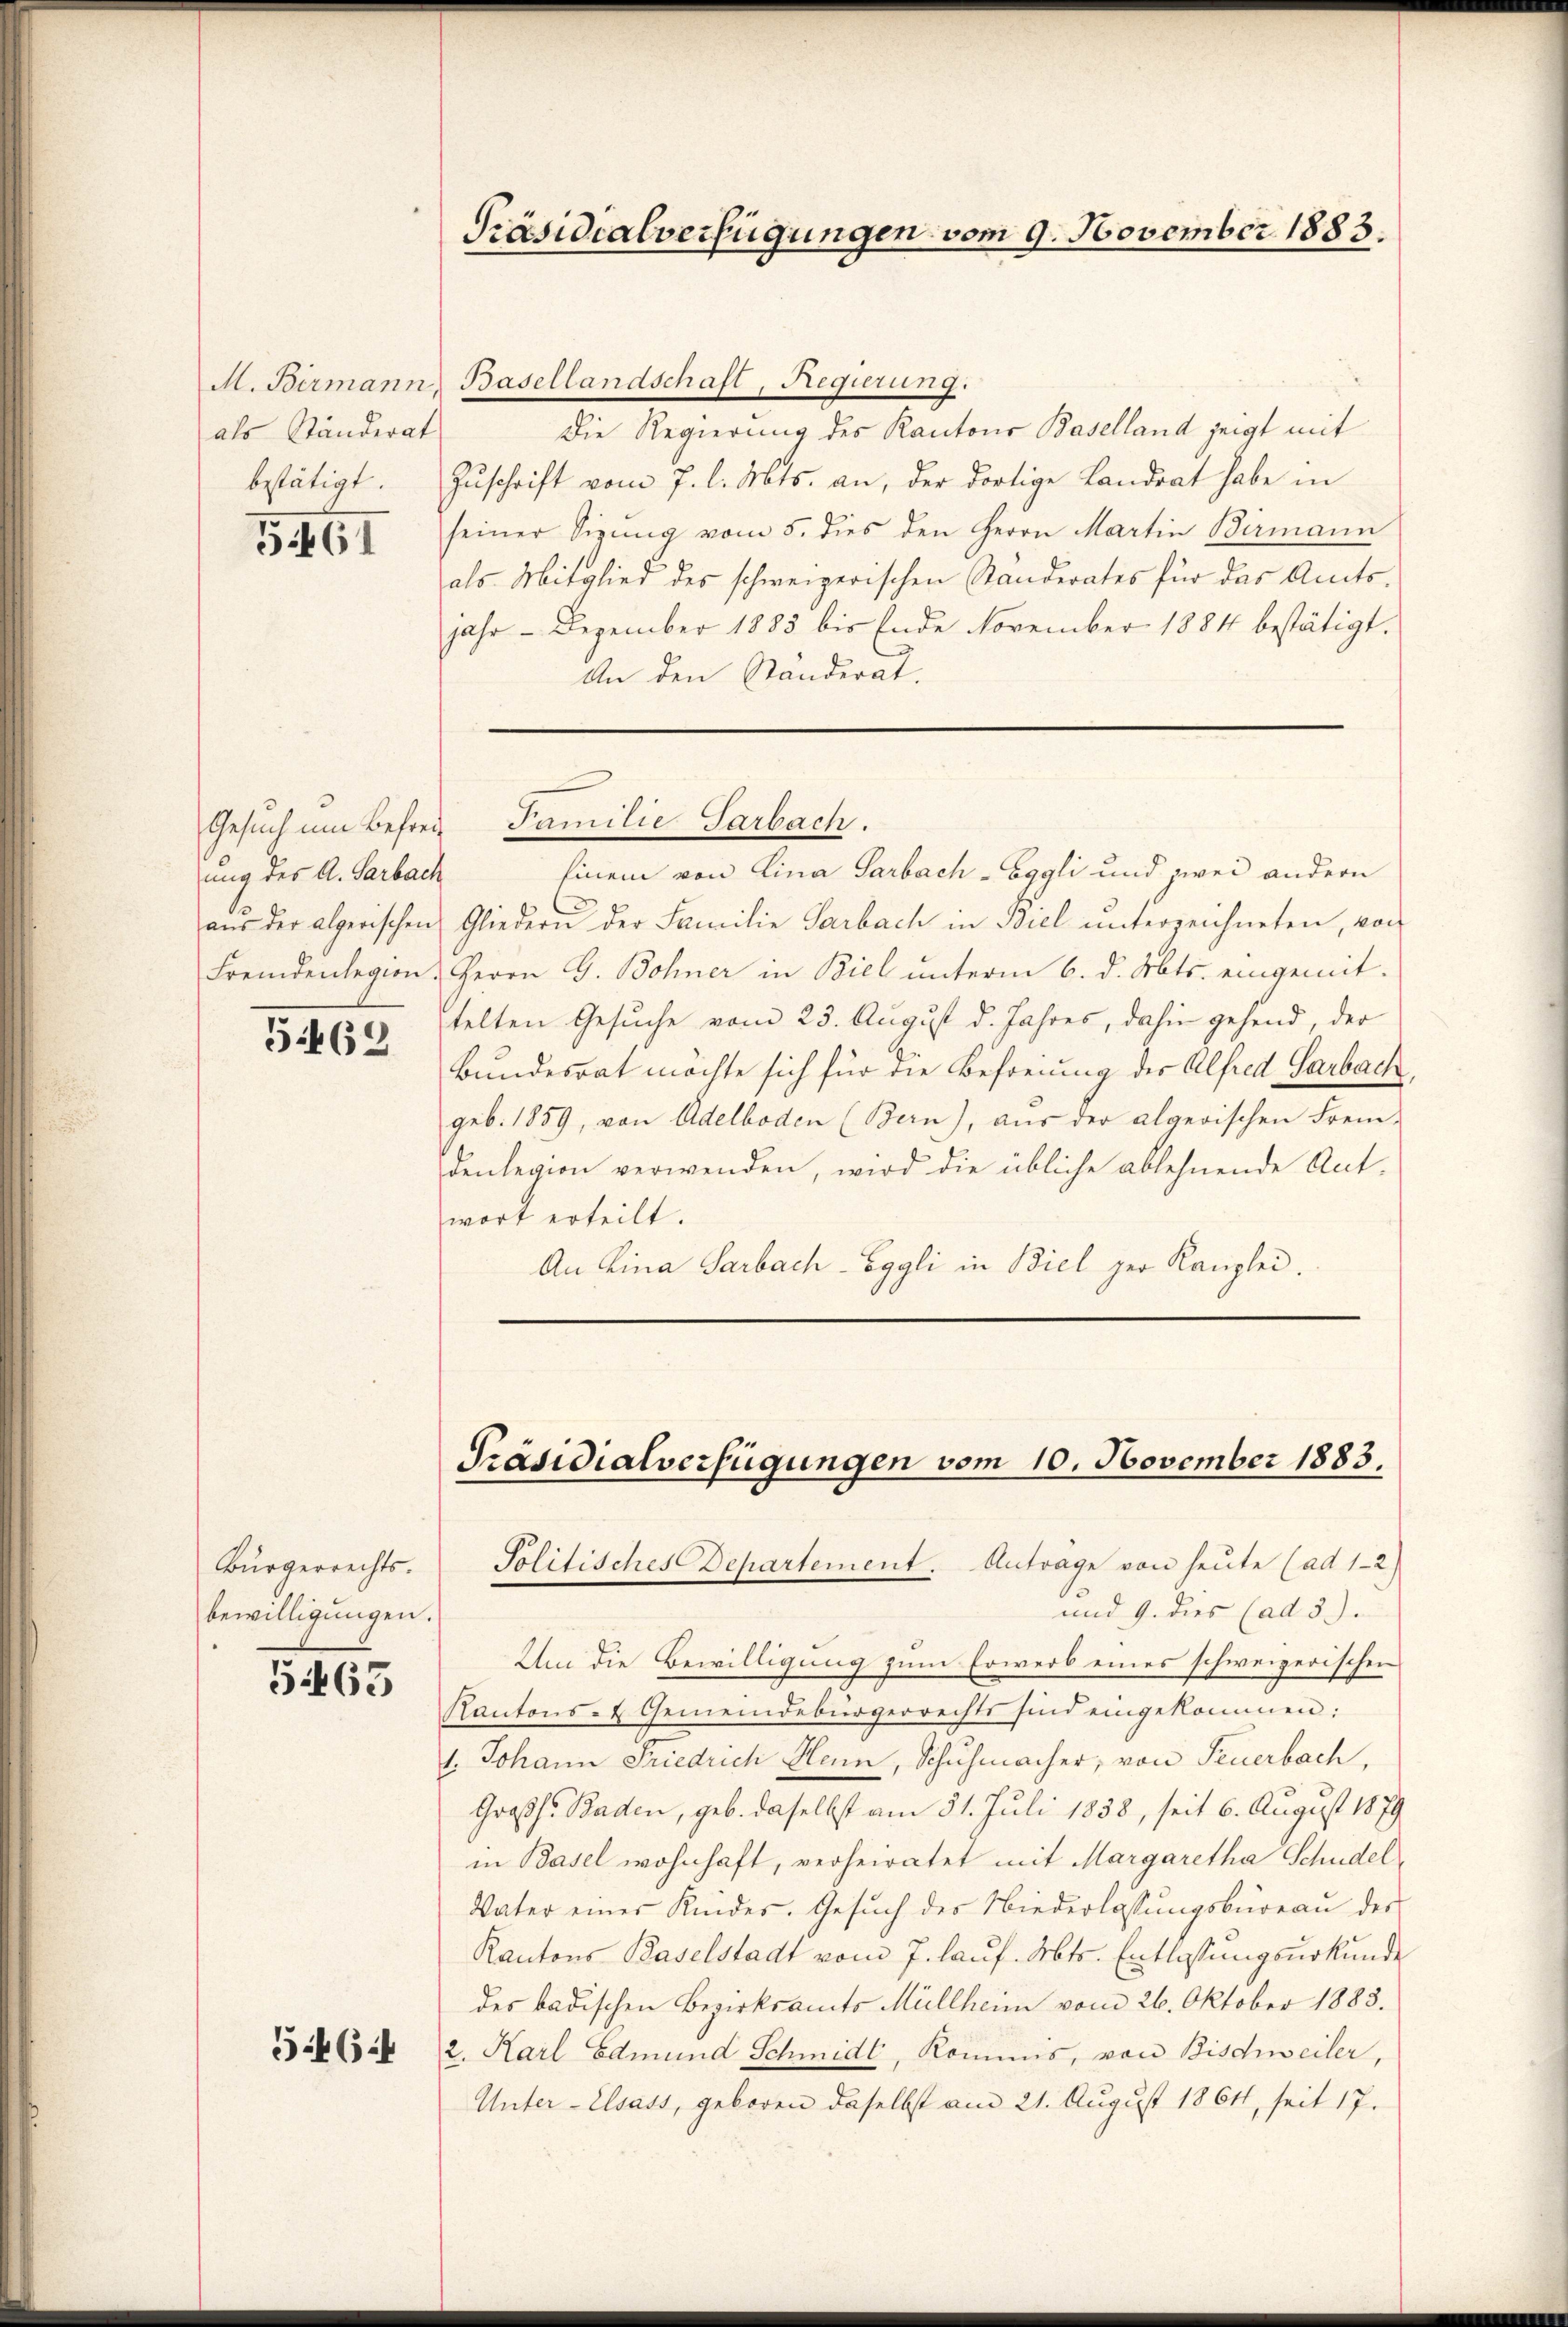
als Ständerat
bestätigt.

G61

ung des A. Sarbach

5462

Bürgerrechts.
bewilligungen.

5463

5464

Präsidialverfügungen vom 9. November 1883.

M. Birmann, Basellandschaft, Regierung.
Die Regierung des Kantons Baselland zeigt mit
Zuschrift vom 7. l. Mts. an, der dortige Landrat habe in
seiner Sigŭng vom 5. dies den Herrn Martin Birmann
als Mitglied des schweizerischen Ständerates für das Amtsjahr - Dezember 1883 bis Ende November 1884 bestätigt.
An den Ständerat.

Gesuch um Befreie Familie Sarbach.

Einem von Lina Sarbach-Eggli und zwei andern
aŭs der algerischen Gliedern der Familie Sarbach in Biel unterzeichneten, von
Fremdenlegion. Herrn G. Bohner in Biel unterm 6. d. Mts. eingemit-
telten Gesuche vom 25. August d. Jahres, dahin gehend, der
Bundesrat möchte sich für die Befreiung der Alfred Sarbach
geb. 1859, von Adelboden (Bern), aŭs der algerischen Frem-
denlegion verwenden, wird die übliche ablehnende Ant.
wort erteilt.
An Lina Sarbach-Eggli in Biel der Kanzlei.

Präsidialverfügungen vom 10. November 1883.
Politisches Departement. Antrage von heute (ad 1-2

und 9. dies (ad 3.).
Um die Bewilligung zum Erwerb eines schweizerischen
Kantons- & Gemeindebürgerrechts sind eingekommen:
1. Johann Friedrich Henn, Schuhmacher, von Feuerbach,
Großh. Baden, geb. daselbst am 31. Juli 1858, seit 6. August 1879
in Basel wohnhaft, verheiratet mit Margaretha Schudel
Vater einer Kindes. Gesŭch des Niederlassŭngsbüreaŭ der
Kantons Baselstadt vom 7. laŭf. Mts. Entlassungsurkunde
des badischen Bezirksamts Müllheim vom 26. Oktober 1883.
2. Karl Edmund Schmidt, Kommis, von Bischweiler,
Unter- Elsass, geboren daselbst am 21. August 1861, seit 17.